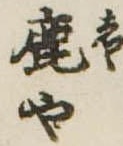
鹿や